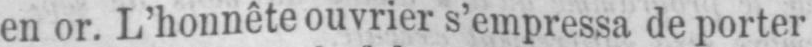
en or. L’honnête ouvrier s’empressa de porter